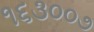
૧૬૩૦૦૭